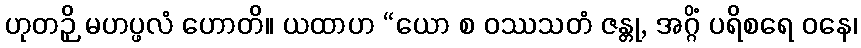
ဟုတဉှိ မဟပ္ဖလံ ဟောတိ။ ယထာဟ “ယော စ ဝဿသတံ ဇန္တု, အဂ္ဂိံ ပရိစရေ ဝနေ၊